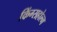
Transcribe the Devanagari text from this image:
किंग्सहोल्म